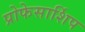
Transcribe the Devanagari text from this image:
प्रोफेसार्शिप